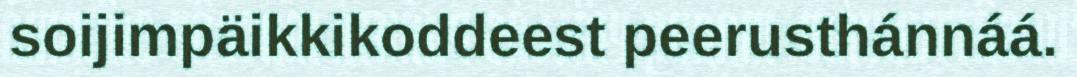
soijimpäikkikoddeest peerusthánnáá.